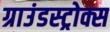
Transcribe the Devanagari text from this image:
ग्राउंडस्ट्रोक्स